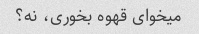
میخوای قهوه بخوری، نه؟